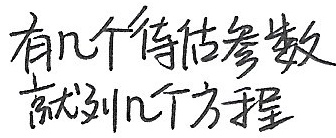
有几个待估参数
就列几个方程